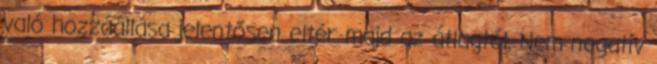
való hozzáállása jelentősen eltér majd az átlagtól. Nem negatív